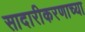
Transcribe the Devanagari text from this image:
सादारीकरणाच्या